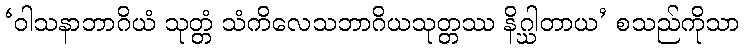
‘ဝါသနာဘာဂိယံ သုတ္တံ သံကိလေသဘာဂိယသုတ္တဿ နိဂ္ဃါတာယ’ စသည်ကိုသာ